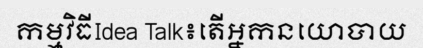
កម្មវិធីIdea Talk៖តើអ្នកនយោបាយ